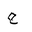
Letter: _ha